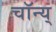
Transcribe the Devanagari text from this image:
चॉन्य्